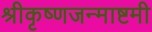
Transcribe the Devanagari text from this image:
श्रीकृष्णजन्माष्टमी